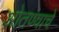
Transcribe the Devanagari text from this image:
ओतण्याचे